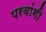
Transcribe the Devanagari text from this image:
परवांगी